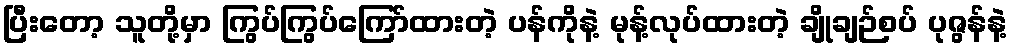
ပြီးတော့ သူတို့မှာ ကြွပ်ကြွပ်ကြော်ထားတဲ့ ပန်ကိုနဲ့ မုန့်လုပ်ထားတဲ့ ချိုချဉ်စပ် ပုဇွန်နဲ့